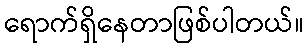
ရောက်ရှိနေတာဖြစ်ပါတယ်။